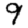
Digit: 9